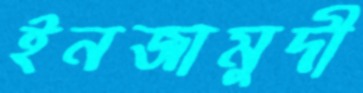
ইনজামুদী